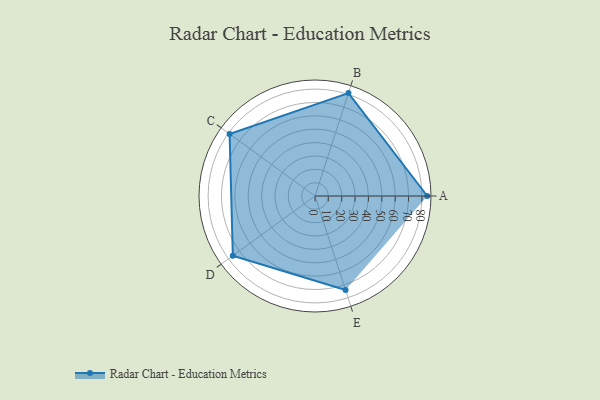
{"axis": {"x": "Skill", "y": "Score"}, "legend": ["Profile"], "data": [{"x": "A", "y": 84.0, "type": "Profile"}, {"x": "B", "y": 81.0, "type": "Profile"}, {"x": "C", "y": 79.0, "type": "Profile"}, {"x": "D", "y": 76.0, "type": "Profile"}, {"x": "E", "y": 74.0, "type": "Profile"}]}